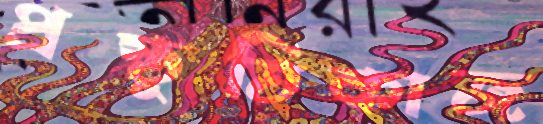
প্রস্তুতিকাজ